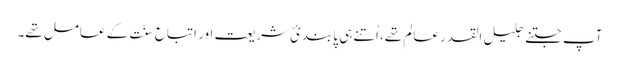
آپ جتنے جلیل القدر عالم تھے، اُتنے ہی پابندئِ شریعت اور اتباع سنّت کے عامل تھے۔